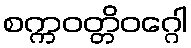
စက္ကဝတ္တိဝဂ္ဂေါ